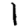
Digit: 1